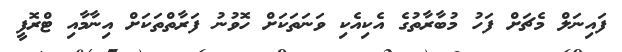
ފައިނަލް މެޗަށް ފަހު މުބާރާތުގެ އެކިއެކި ވަނަތަކަށް ހޮވުނު ފަރާތްތަކަށް އިނާމާއި ޓްރޮފީ